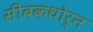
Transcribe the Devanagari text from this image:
सीबकथोर्न